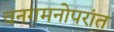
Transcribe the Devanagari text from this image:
वनगमनोपरांत